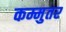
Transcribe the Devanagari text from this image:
कम्मुतर